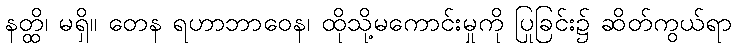
နတ္ထိ၊ မရှိ။ တေန ရဟာဘာဝေန၊ ထိုသို့မကောင်းမှုကို ပြုခြင်း၌ ဆိတ်ကွယ်ရာ